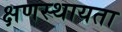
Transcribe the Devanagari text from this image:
क्षणस्थायता